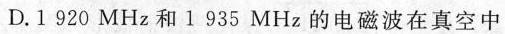
D.1920MHz和1935MHz的电磁波在真空中